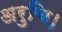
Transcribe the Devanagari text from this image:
अरुचि।